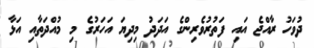
ދުވަހު ރާއްޖެ އައި ފަތުރުވެރިންގެ އަދަދު މިދިޔަ އަހަރުގެ މި މުއްދަތާއި އަޅާ